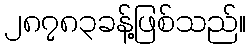
၂၈၇၈၃ခန့်ဖြစ်သည်။